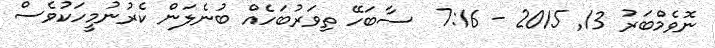
ނޮވެމްބަރު 13